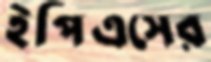
ইপিএসের